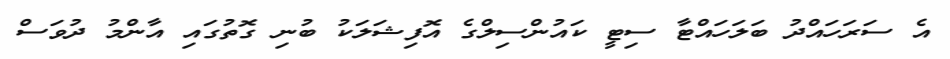
އެ ސަރަހައްދު ބަލަހައްޓާ ސިޓީ ކައުންސިލްގެ އޮފިޝަލަކު ބުނި ގޮތުގައި އާންމު ދުވަސް